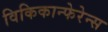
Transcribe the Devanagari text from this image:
विकिकान्फेरेन्स